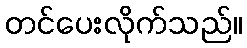
တင်ပေးလိုက်သည်။